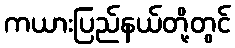
ကယားပြည်နယ်တို့တွင်